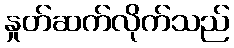
နှုတ်ဆက်လိုက်သည်